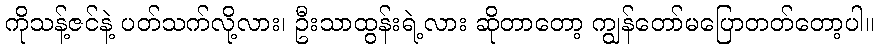
ကိုသန့်ဇင်နဲ့ ပတ်သက်လို့လား၊ ဦးသာထွန်းရဲ့လား ဆိုတာတော့ ကျွန်တော်မပြောတတ်တော့ပါ။